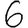
Digit: 6